Report on vaccination in Madras 1895-1903 - 1895-1903
Year: 1895
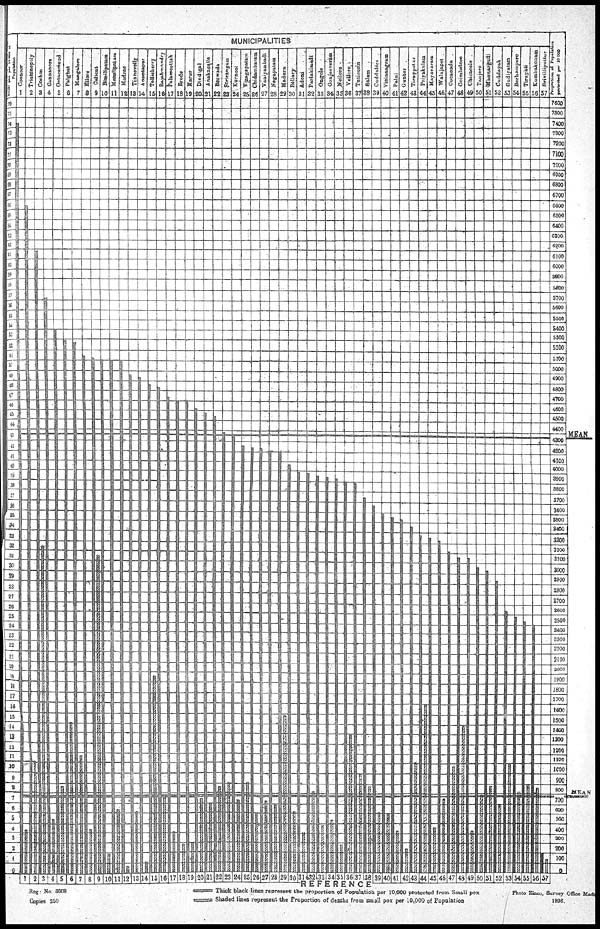
Reg: No. 3008
Copies 350
Thick black lines represent the proportion of Population pet 10,000 protected from Small pox
Shaded lines represent the Proportion of deaths from small pox per 10,000 of Population
Photo Zinco, Survey Office Mad
1896.